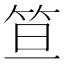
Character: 笪